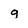
Character: q